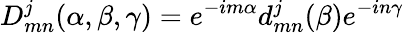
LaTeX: D_{mn}^{j}(\alpha,\beta,\gamma)=e^{-im\alpha}d_{mn}^{j}(\beta)e^{-in\gamma}